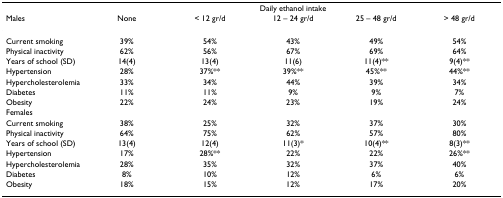
<table><thead><tr><td>[EMPTY_CELL]</td><td colspan="5"><b>Daily ethanol intake</b></td></tr><tr><td><b>Males</b></td><td><b>None</b></td><td><b>&lt; 12 gr/d</b></td><td><b>12 – 24 gr/d</b></td><td><b>25 – 48 gr/d</b></td><td><b>&gt; 48 gr/d</b></td></tr></thead><tbody><tr><td>Current smoking</td><td>39%</td><td>54%</td><td>43%</td><td>49%</td><td>54%</td></tr><tr><td>Physical inactivity</td><td>62%</td><td>56%</td><td>67%</td><td>69%</td><td>64%</td></tr><tr><td>Years of school (SD)</td><td>14(4)</td><td>13(4)</td><td>11(6)</td><td>11(4)**</td><td>9(4)**</td></tr><tr><td>Hypertension</td><td>28%</td><td>37%**</td><td>39%**</td><td>45%**</td><td>44%**</td></tr><tr><td>Hypercholesterolemia</td><td>33%</td><td>34%</td><td>44%</td><td>39%</td><td>34%</td></tr><tr><td>Diabetes</td><td>11%</td><td>11%</td><td>9%</td><td>9%</td><td>7%</td></tr><tr><td>Obesity</td><td>22%</td><td>24%</td><td>23%</td><td>19%</td><td>24%</td></tr><tr><td>Females</td><td>[EMPTY_CELL]</td><td>[EMPTY_CELL]</td><td>[EMPTY_CELL]</td><td>[EMPTY_CELL]</td><td>[EMPTY_CELL]</td></tr><tr><td>Current smoking</td><td>38%</td><td>25%</td><td>32%</td><td>37%</td><td>30%</td></tr><tr><td>Physical inactivity</td><td>64%</td><td>75%</td><td>62%</td><td>57%</td><td>80%</td></tr><tr><td>Years of school (SD)</td><td>13(4)</td><td>12(4)</td><td>11(3)*</td><td>10(4)**</td><td>8(3)**</td></tr><tr><td>Hypertension</td><td>17%</td><td>28%**</td><td>22%</td><td>22%</td><td>26%**</td></tr><tr><td>Hypercholesterolemia</td><td>28%</td><td>35%</td><td>32%</td><td>37%</td><td>40%</td></tr><tr><td>Diabetes</td><td>8%</td><td>10%</td><td>12%</td><td>6%</td><td>6%</td></tr><tr><td>Obesity</td><td>18%</td><td>15%</td><td>12%</td><td>17%</td><td>20%</td></tr></tbody></table>